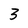
Character: 3